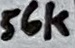
Text: 56k